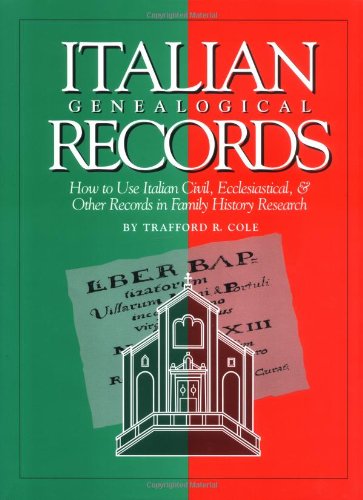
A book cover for Italian Genealogical Records: How to Use Italian Civil, Ecclesiastical & Other Records in Family History Research (Italian Edition); Trafford R Cole; Reference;